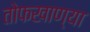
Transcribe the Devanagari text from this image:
तोफखाण्या